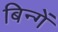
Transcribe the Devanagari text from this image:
बिन्गें